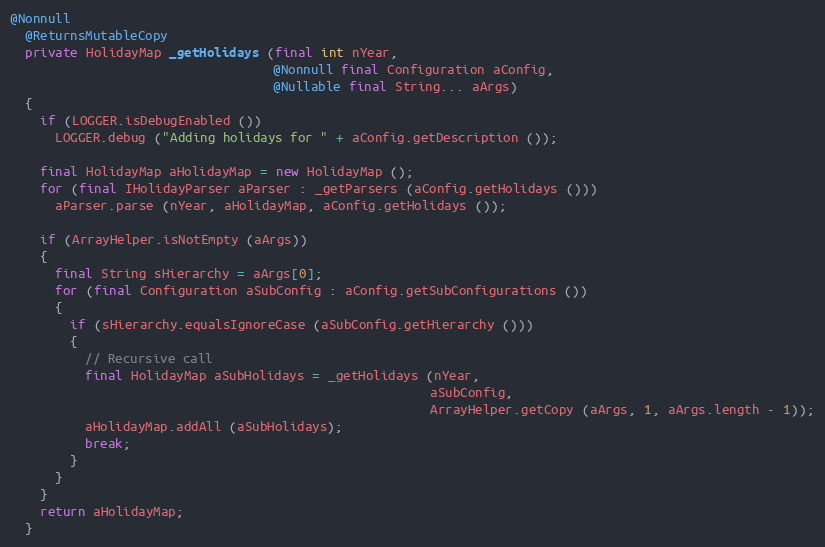
Language: Java
@Nonnull
  @ReturnsMutableCopy
  private HolidayMap _getHolidays (final int nYear,
                                   @Nonnull final Configuration aConfig,
                                   @Nullable final String... aArgs)
  {
    if (LOGGER.isDebugEnabled ())
      LOGGER.debug ("Adding holidays for " + aConfig.getDescription ());

    final HolidayMap aHolidayMap = new HolidayMap ();
    for (final IHolidayParser aParser : _getParsers (aConfig.getHolidays ()))
      aParser.parse (nYear, aHolidayMap, aConfig.getHolidays ());

    if (ArrayHelper.isNotEmpty (aArgs))
    {
      final String sHierarchy = aArgs[0];
      for (final Configuration aSubConfig : aConfig.getSubConfigurations ())
      {
        if (sHierarchy.equalsIgnoreCase (aSubConfig.getHierarchy ()))
        {
          // Recursive call
          final HolidayMap aSubHolidays = _getHolidays (nYear,
                                                        aSubConfig,
                                                        ArrayHelper.getCopy (aArgs, 1, aArgs.length - 1));
          aHolidayMap.addAll (aSubHolidays);
          break;
        }
      }
    }
    return aHolidayMap;
  }